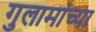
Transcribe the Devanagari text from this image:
गुलामांच्या